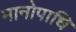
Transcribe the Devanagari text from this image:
मानोपाधि